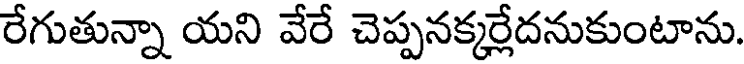
రేగుతున్నా యని వేరే చెప్పనక్కర్లేదనుకుంటాను.